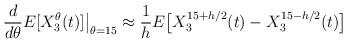
LaTeX: \begin{align*}\frac{d}{d\theta}E[X_{3}^\theta(t)] \big|_{\theta= 15}\approx \frac1hE\big[ X_{3}^{15+h/2}(t) -X_{3}^{15-h/2}(t) \big] \quad\end{align*}